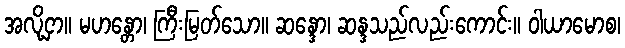
အလို့ငှာ။ မဟန္တော၊ ကြီးမြတ်သော။ ဆန္ဒော၊ ဆန္ဒသည်လည်းကောင်း။ ဝါယာမောစ၊